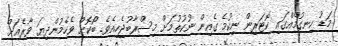
މަޑު ހިނގުމެއްގައި ކޮޓަރިން ނިކުމެ ގެއިން ނުކުތުމަށް މިސްރާބުޖެހިއެވެ. ބޯކޮށް ވެހެމުންދިޔަ ވާރެއަށް